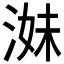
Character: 𱧁